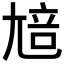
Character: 𡯳